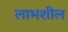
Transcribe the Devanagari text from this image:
लाभशील